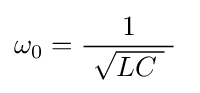
\omega _{0}={\frac {1}{\ {\sqrt {LC\;}}\ }}\